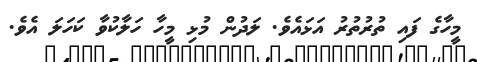
މީހާގެ ފައި ތުރުތުރު އަޅައެވެ. ލަދުން މުޅި މީހާ ހަލާކުވާ ކަހަލަ އެވެ.